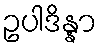
ဥပါဒိန္နာ